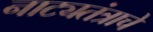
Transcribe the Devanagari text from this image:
नाट्यतंत्राचे